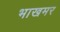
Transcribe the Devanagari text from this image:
भाखमर